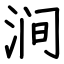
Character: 涧